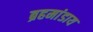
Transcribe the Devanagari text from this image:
ब्रहमांडाय